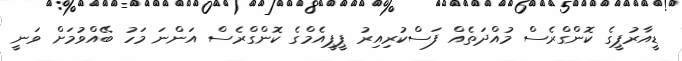
ޑީއާރުޕީގެ ކޮންގްރެސް މުއްދަތެއް ފަސްކުރިއިރު ޕީޕީއެމްގެ ކޮންގްރެސް އަންނަ މަހު ބޭއްވުމަށް ވަނީ